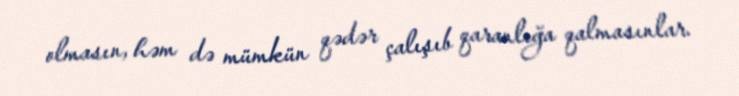
olmasın, həm də mümkün qədər çalışıb qaranlığa qalmasınlar.